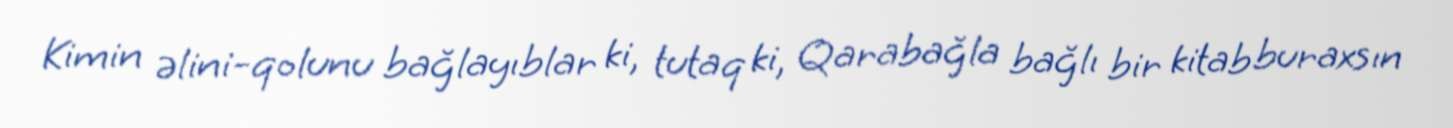
Kimin əlini-qolunu bağlayıblar ki, tutaq ki, Qarabağla bağlı bir kitab buraxsın